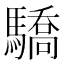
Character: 驕